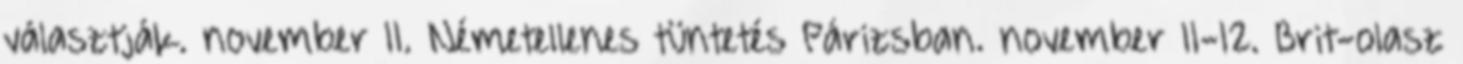
választják. november 11. Németellenes tüntetés Párizsban. november 11-12. Brit-olasz